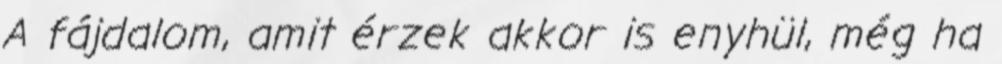
A fájdalom, amit érzek akkor is enyhül, még ha